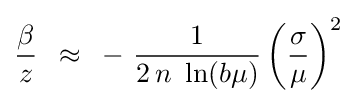
{\frac {\beta }{z}}\,\,\,\approx \,\,\,-\,\,{\frac {1}{2\,n\,\,\ln(b\mu )}}\left({\frac {\sigma }{\mu }}\right)^{2}